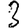
Digit: 3